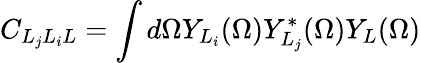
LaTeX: C_{L_{j}L_{i}L}=\int d\Omega Y_{L_{i}}(\Omega)Y_{L_{j}}^{*}(\Omega)Y_{L}(\Omega)